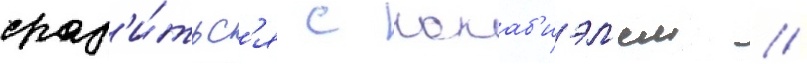
сраз'и́тьс'я с кокаб'иэл'ем //